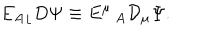
LaTeX: { { E _ { A } } _ { \lfloor } } D \Psi \equiv E ^ { \mu } \, _ { A } { \cal D } _ { \mu } \Psi .